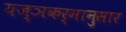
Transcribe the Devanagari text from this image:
यज्ञकर्मानुसार